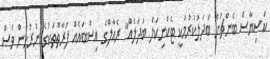
ކަސިޔާސް ބެންޗަށް ބަދަލުކުރުމަކީ ޓެކްނިކަލް ބަދަލެއް" ރެއާލްގެ އިސްބައެއް ފަރާތްތަކުގެ ނުރުހުން ވެސް